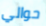
حوالي